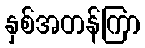
နှစ်အတန်ကြာ